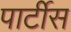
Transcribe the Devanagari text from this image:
पार्टीस